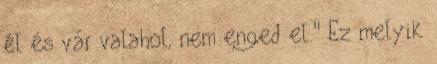
él és vár valahol, nem enged el." Ez melyik